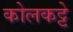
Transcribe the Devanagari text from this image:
कोलकट्टे